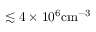
\lesssim 4 \times 1 0 ^ { 6 } \mathrm { c m } ^ { - 3 }